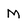
Character: M